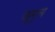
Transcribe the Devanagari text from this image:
वहुमुल्य